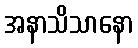
အနာသိသာနော